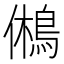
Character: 鵂